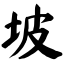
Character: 坡